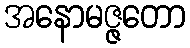
အနောမဇ္ဇတော